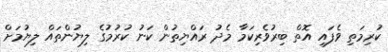
ކުރިމަތި ވެފައި އޮތް ބިރުވެރިކަމާ މެދު ރައްޔިތުން ކަނު ކުރުމުގެ ލިޔުންތައް ލިޔުމަށް